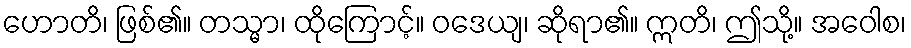
ဟောတိ၊ ဖြစ်၏။ တသ္မာ၊ ထိုကြောင့်။ ဝဒေယျ၊ ဆိုရာ၏။ ဣတိ၊ ဤသို့။ အဝေါစ၊